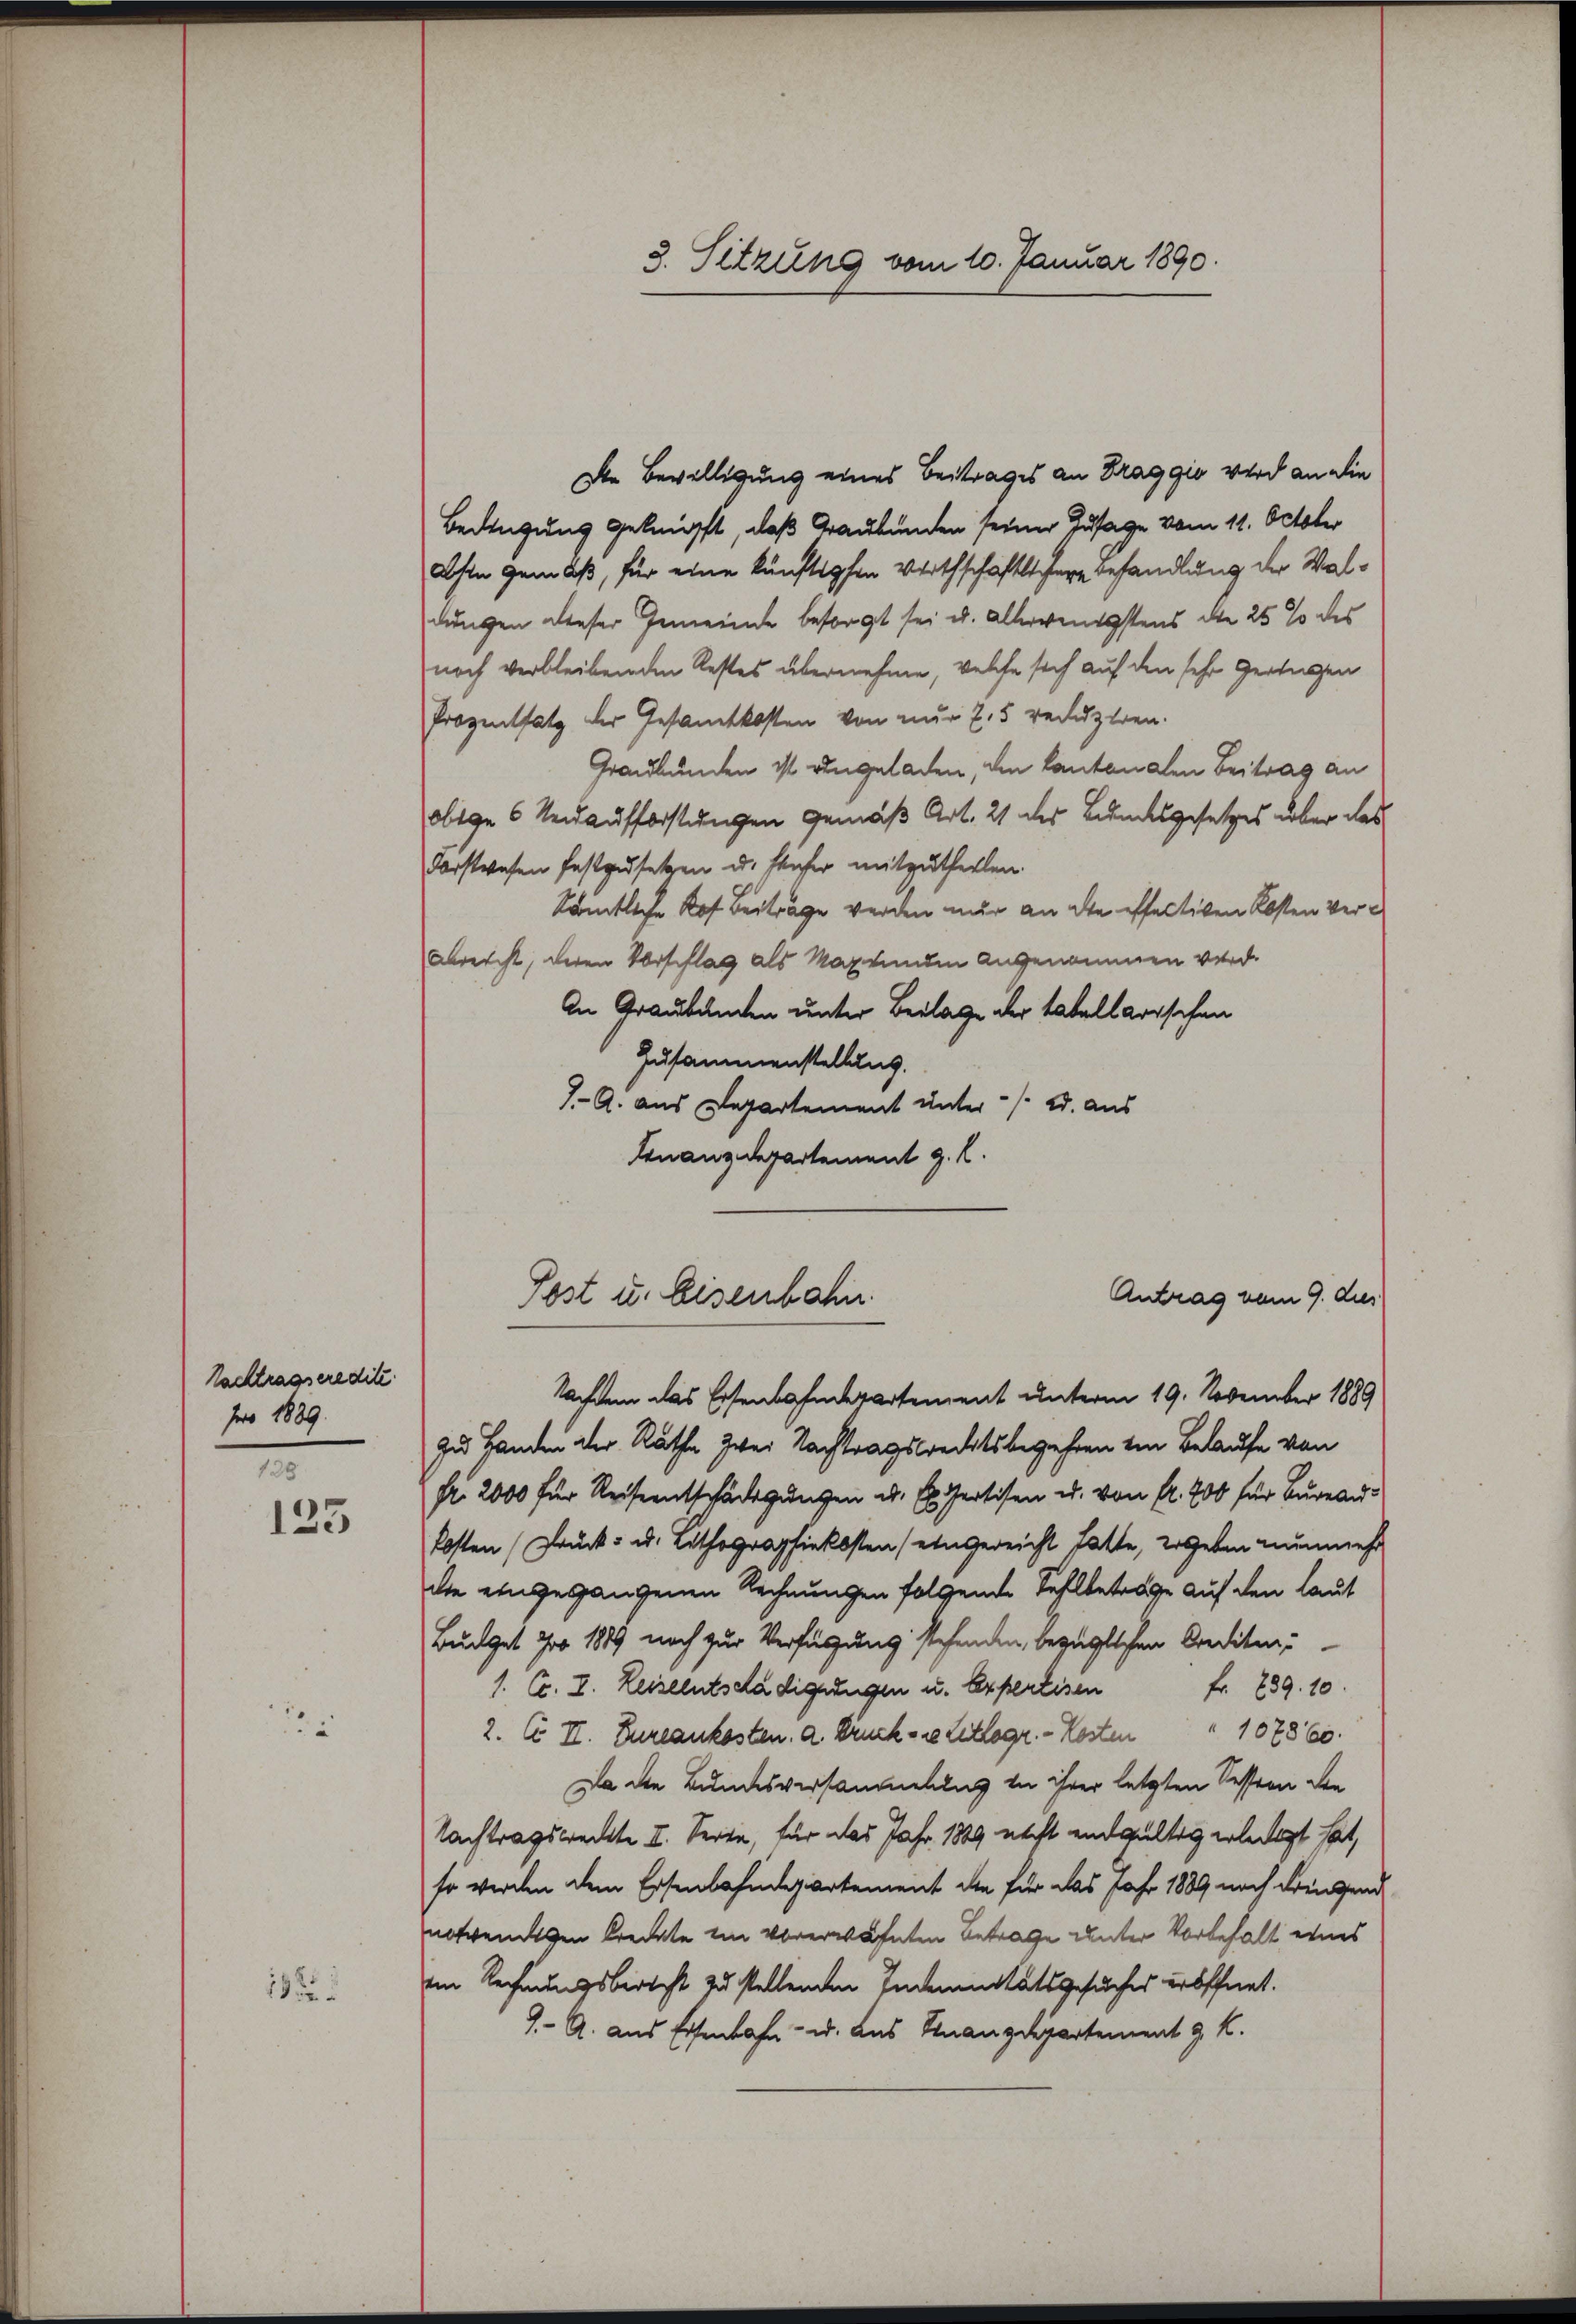
Nachtragseredit
fro 1889.
I

123

25

182

3. Sitzung vom 10. Januar 1890.

Die Bewilligung eines Beitrages an Draggio wird an die
Bedingung geknüpft, daß Graubünden seiner Zusage vom 11. October
absen gemäß, für eine künftigten Wirthschaftlichere Behandlung der Waldungen dieser Gemeinde besorgt sei u. allerwenigstens die 25 % des
noch verbleibenden Restes übernehme, welche sich auf den sehr geringen
Prozentsatz der Gesamtkosten von nur 7,5 reduziren.
Graubünden ist angeladen, den Cantonalen Beitrag an
obige 6 Verdauffristungen gemäß Art. 21 des Bundesgesetzes über das
Forstwesen festzusetzen u. stifer mitzutheilen.
Sämtliche Kof Beiträge werden nur an die effectiven Kosten Ver¬
Abreicht, deren Vorschlag als Markunden angenommen wird.
An Graubünden unter Beilage der tabellarischen
Zusammenstellung.
J. A. aus Departement unter /: a. aus
Finanzdepartement z. B.
Antrag vom 9. dies
Post u. Eisenbahn
Nachdem das Eisenbahnderartement unterm 19. November 1889
zu Handen der Räthe zwei Nachtragswechtsbegehren ein Belaufe von
Fr. 2000 für Reiseentschädigungen u. Er Gertisen u. von fr. 200 für Bureaukosten Druck- u. Lithographiekosten (eingereicht hatte, ergeben nunmehr
die eingegangenen Rechnungen folgende Fehlbetrage auf den laut
Budget pro 1889 noch zur Verfügung stehenden, bezüglichen Conditin¬
1. Er. I. Reiseentschädigungen u. Expertisen fr. 239. 10.
2. C II. Eureaukosten. a. Druck- u. Lithogr. - Kosten " 107860.
Da die Bundesversammlung in ihrer letzten Session den
Nachtragsweckte II. Seite, für das Jahr 1889 nicht endgültig erledigt hat,
so werden dem Eisenbahndepartement die für das Jahr 1889 noch Freigend
notwendigen brechte ein vorerwähnten Betrage unter Vorbehalt eines
m Rechnungsbericht zu stellenden Indemnitätsgesuches eröffnet.
J. A. aus Eisenbahn- u. das Sinanzdepartement J. K.